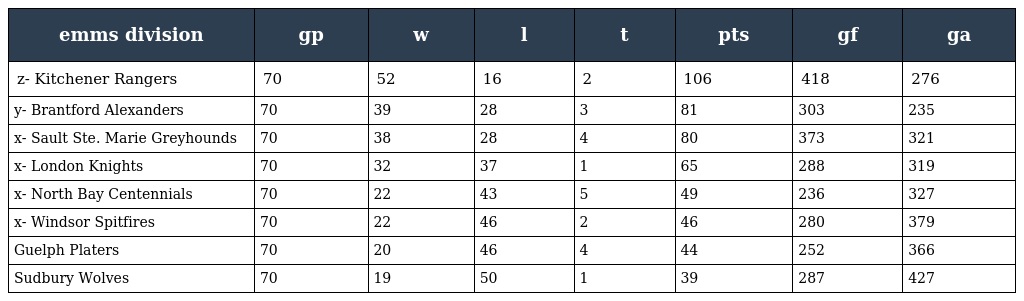
| emms division | gp | w | l | t | pts | gf | ga |
 | --- | --- | --- | --- | --- | --- | --- | --- |
 | z- Kitchener Rangers | 70 | 52 | 16 | 2 | 106 | 418 | 276 |
 | y- Brantford Alexanders | 70 | 39 | 28 | 3 | 81 | 303 | 235 |
 | x- Sault Ste. Marie Greyhounds | 70 | 38 | 28 | 4 | 80 | 373 | 321 |
 | x- London Knights | 70 | 32 | 37 | 1 | 65 | 288 | 319 |
 | x- North Bay Centennials | 70 | 22 | 43 | 5 | 49 | 236 | 327 |
 | x- Windsor Spitfires | 70 | 22 | 46 | 2 | 46 | 280 | 379 |
 | Guelph Platers | 70 | 20 | 46 | 4 | 44 | 252 | 366 |
 | Sudbury Wolves | 70 | 19 | 50 | 1 | 39 | 287 | 427 |